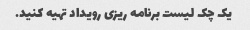
یک چک لیست برنامه ریزی رویداد تهیه کنید.